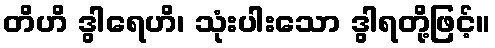
တိဟိ ဒွါရေဟိ၊ သုံးပါးသော ဒွါရတို့ဖြင့်။